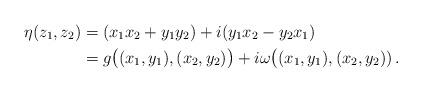
LaTeX: \begin{align*} \eta(z_1,z_2)&=(x_1x_2+y_1y_2) + i(y_1x_2-y_2x_1)\\ &=g\bigl((x_1,y_1),(x_2,y_2)\bigr)+i\omega\bigl((x_1,y_1),(x_2,y_2))\,. \end{align*}